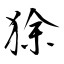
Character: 狳